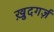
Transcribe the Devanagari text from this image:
ख़ुदगर्ज़